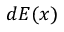
d { \boldsymbol { E } } ( { \boldsymbol { x } } )